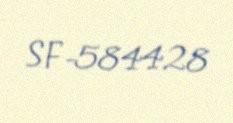
SF-584428